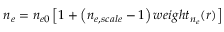
n _ { e } = n _ { e 0 } \left[ 1 + \left( n _ { e , s c a l e } - 1 \right) w e i g h t _ { n _ { e } } ( r ) \right]